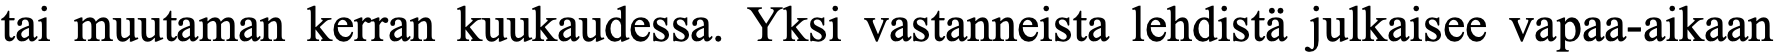
tai muutaman kerran kuukaudessa. Yksi vastanneista lehdistä julkaisee vapaa-aikaan